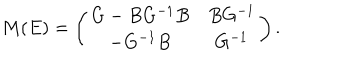
LaTeX: M ( E ) = \left( \begin{array} { c c } { { G - B G ^ { - 1 } B } } & { { B G ^ { - 1 } } } \\ { { - G ^ { - 1 } B } } & { { G ^ { - 1 } } } \\ \end{array} \right) .